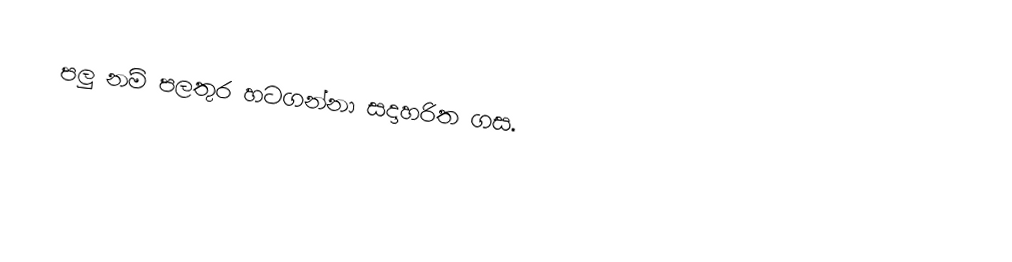
පලු නම් පලතුර හටගන්නා සදාහරිත ගස.